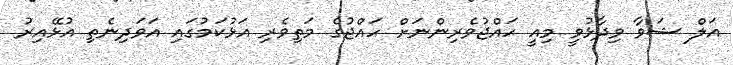
އަލް ޝަވާ ވިދާޅުވީ މިއީ ހައްޖުވެރިންނަށް ހައްޖުގެ މަތިވެރި އަޅުކަމުގައި އަވަދިނެތި އުޅޭއިރު